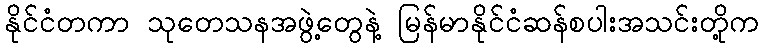
နိုင်ငံတကာ သုတေသနအဖွဲ့တွေနဲ့ မြန်မာနိုင်ငံဆန်စပါးအသင်းတို့က